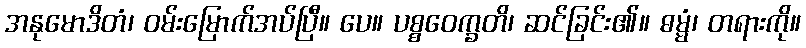
အနုမောဒိတံ၊ ဝမ်းမြောက်အပ်ပြီ။ ပေ။ ပစ္စဝေက္ခတိ၊ ဆင်ခြင်း၏။ ဓမ္မံ၊ တရားကို။